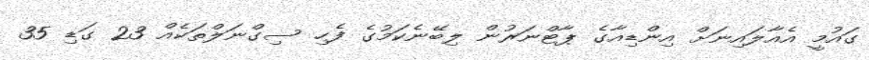
ގައުމީ އެއާލައިނަށް އިންޑިއާގެ ޕާޓްނަރުން ލިބޭނެކަމުގެ ފެހި ސިގްނަލްތަކެއް 23 ގަޑި 35